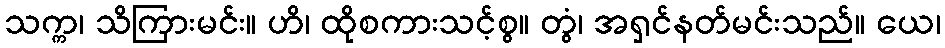
သက္က၊ သိကြားမင်း။ ဟိ၊ ထိုစကားသင့်စွ။ တွံ၊ အရှင်နတ်မင်းသည်။ ယေ၊